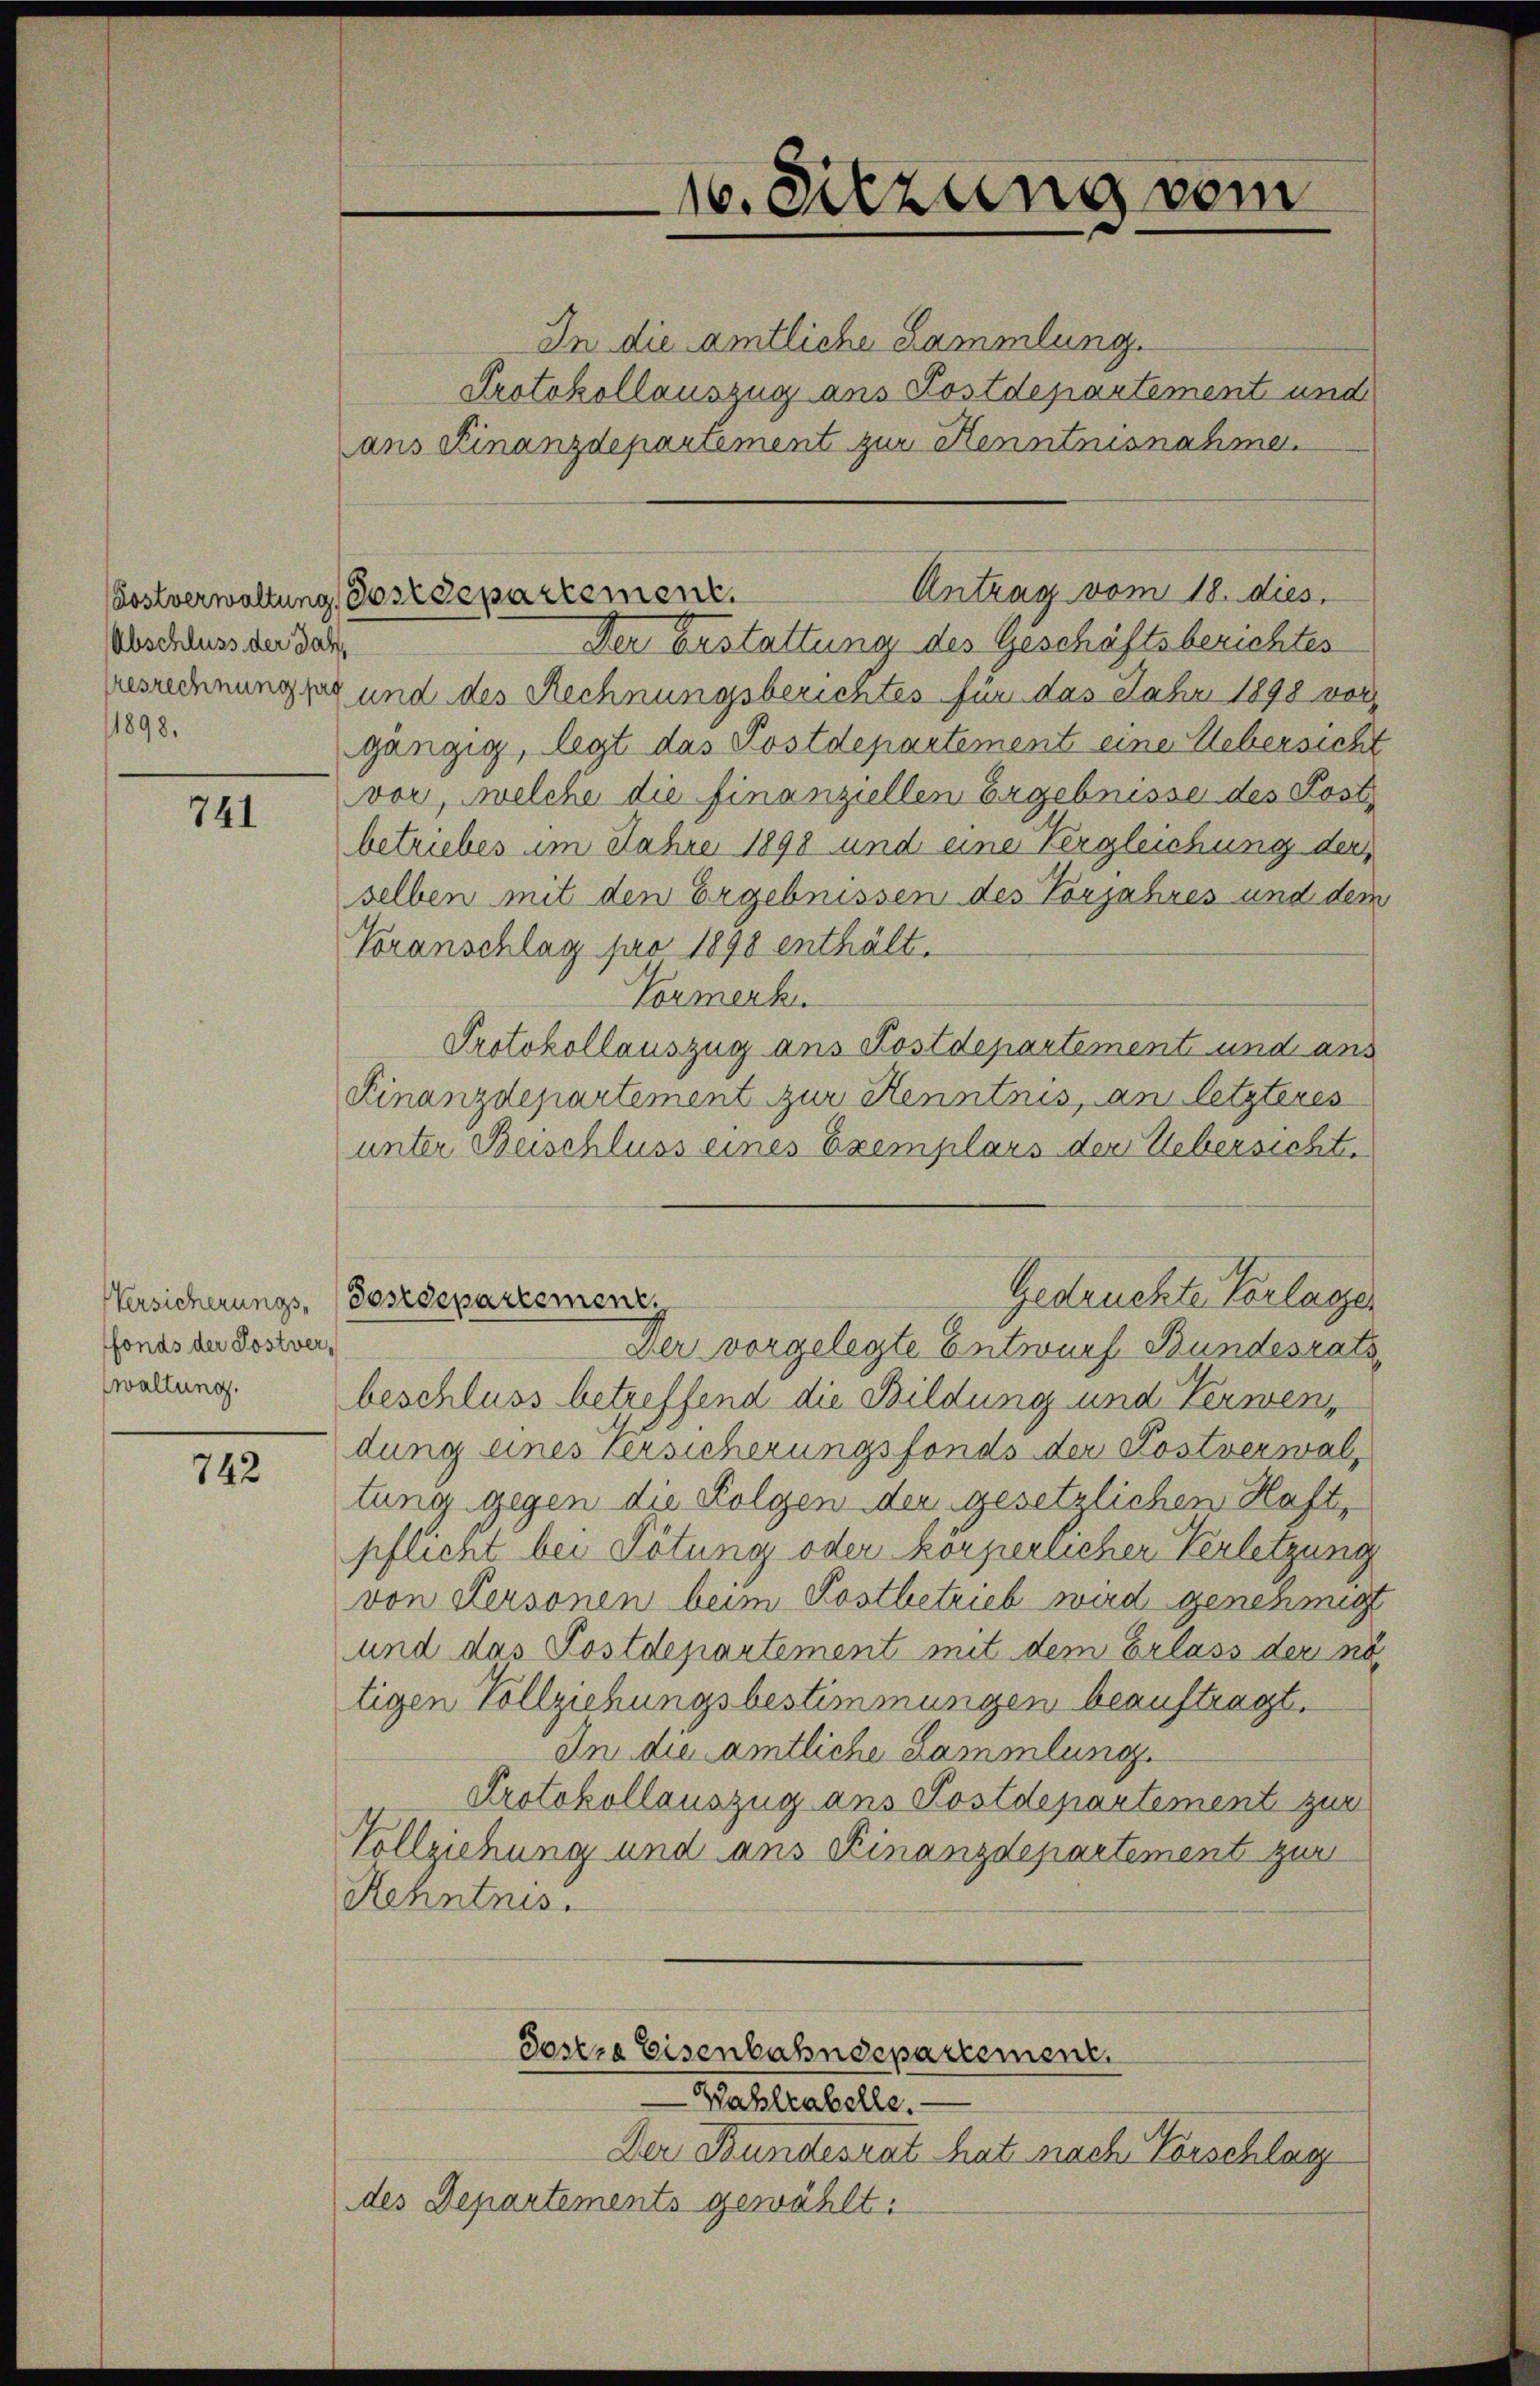
Abschluss der Jah
1898.

741

fonds der Postverwaltung.

742

Antrag vom 18. dies.
Aostverwaltung, Postdepartement.

In die amtliche Sammlung.
Protokollauszug aus Postdepartement und
ans Finanzdepartement zur Kenntnisnahme.
Der Erstattung des Geschäftsberichtes
esrechnung zu und des Rechnungsberichtes für das Jahr 1898 vor
gängig, legt das Postdepartement eine Uebersicht
vor, welche die finanziellen Ergebnisse des Post
betriebes im Jahre 1898 und eine Vergleichung der
selben mit den Ergebnissen des Vorjahres und dem
Voranschlag pro 1898 enthält.
Vormerk
Protokollauszug ans Postdepartement und ans
Finanzdepartement zur Kenntnis, an letzteres
unter Beischluss eines Exemplars der Uebersichte
Versicherungs- (Postdepartement.
Der vorgelegte Entwurf Bundesrats
beschluss betreffend die Bildung und Verwendung eines Versicherungsfonds der Kostverwaltung gegen die Folgen der gesetzlichen Haft-
pflicht bei Tötung oder körperlicher Verletzung
von Personen beim Postbetrieb wird genehmigt
und das Postdepartement mit dem Erlass der ni
tigen Vollziehungsbestimmungen beauftragt.
In die amtliche Lammlung.
Protokollauszug ans Postdepartement zur
Vollziehung und ans Finanzdepartement zur
Henntnis.
Sosere Eisenbahndepartement.
Wahlrabelle.
Der Bundesrat hat nach Vorschlag
des Departements gewählt:

16. Sitzung vom

Gedrüchte Verlasser